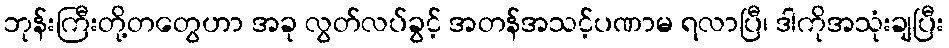
ဘုန်းကြီးတို့တတွေဟာ အခု လွတ်လပ်ခွင့် အတန်အသင့်ပဏာမ ရလာပြီ၊ ဒါကိုအသုံးချပြီး